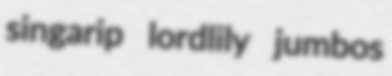
singarip lordlily jumbos